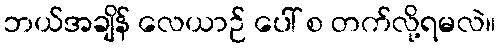
ဘယ်အချိန် လေယာဉ် ပေါ် စ တက်လို့ရမလဲ။